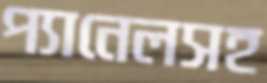
প্যানেলসহ